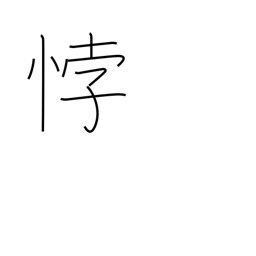
Meaning: be contrary